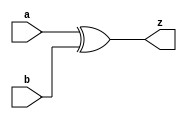


module XOR8(a,b,z);
input[7:0] a,b;
output[7:0] z;

assign z = a^b;

endmodule